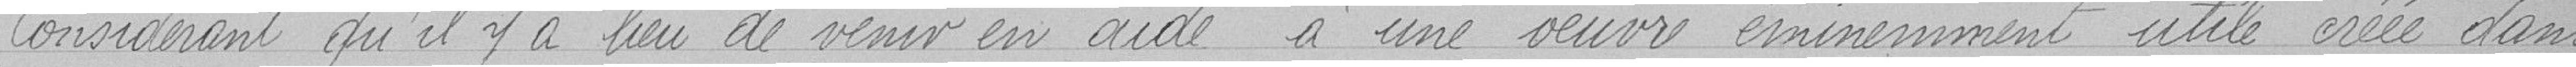
Considérant qu'il y a lieu de venir en aide à une oeuvre éminemment utile créée dans